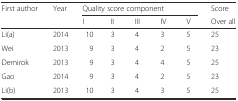
<table><thead><tr><td rowspan="2"><b>First author</b></td><td rowspan="2"><b>Year</b></td><td colspan="5"><b>Quality score component</b></td><td><b>Score</b></td></tr><tr><td><b>I</b></td><td><b>II</b></td><td><b>III</b></td><td><b>IV</b></td><td><b>V</b></td><td><b>Over all</b></td></tr></thead><tbody><tr><td>Li(a)</td><td>2014</td><td>10</td><td>3</td><td>4</td><td>3</td><td>5</td><td>25</td></tr><tr><td>Wei</td><td>2013</td><td>9</td><td>3</td><td>4</td><td>2</td><td>5</td><td>23</td></tr><tr><td>Demirok</td><td>2013</td><td>9</td><td>3</td><td>4</td><td>4</td><td>5</td><td>25</td></tr><tr><td>Gao</td><td>2014</td><td>9</td><td>3</td><td>4</td><td>2</td><td>5</td><td>23</td></tr><tr><td>Li(b)</td><td>2013</td><td>10</td><td>3</td><td>4</td><td>3</td><td>5</td><td>25</td></tr></tbody></table>